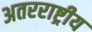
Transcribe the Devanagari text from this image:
अतरराष्ट्रीय